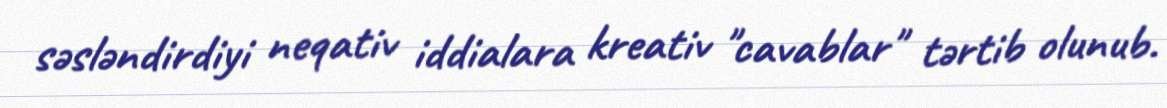
səsləndirdiyi neqativ iddialara kreativ "cavablar" tərtib olunub.